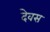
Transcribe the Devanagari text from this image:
देवस